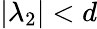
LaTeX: |\lambda_{2}|<d